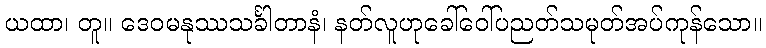
ယထာ၊ တူ။ ဒေဝမနုဿသင်္ခါတာနံ၊ နတ်လူဟုခေါ်ဝေါ်ပညတ်သမုတ်အပ်ကုန်သော။